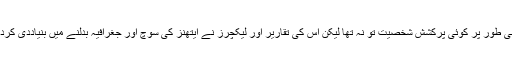
وہ جسمانی طور پر کوئی پرکشش شخصیت تو نہ تھا لیکن اس کی تقاریر اور لیکچرز نے ایتھنز کی سوچ اور جغرافیہ بدلنے میں بنیاددی کردار ادا کیا۔